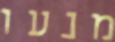
מנעו